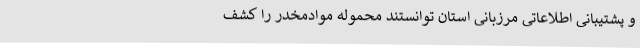
و پشتیبانی اطلاعاتی مرزبانی استان توانستند محموله موادمخدر را کشف